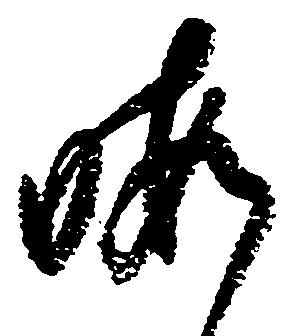
晦